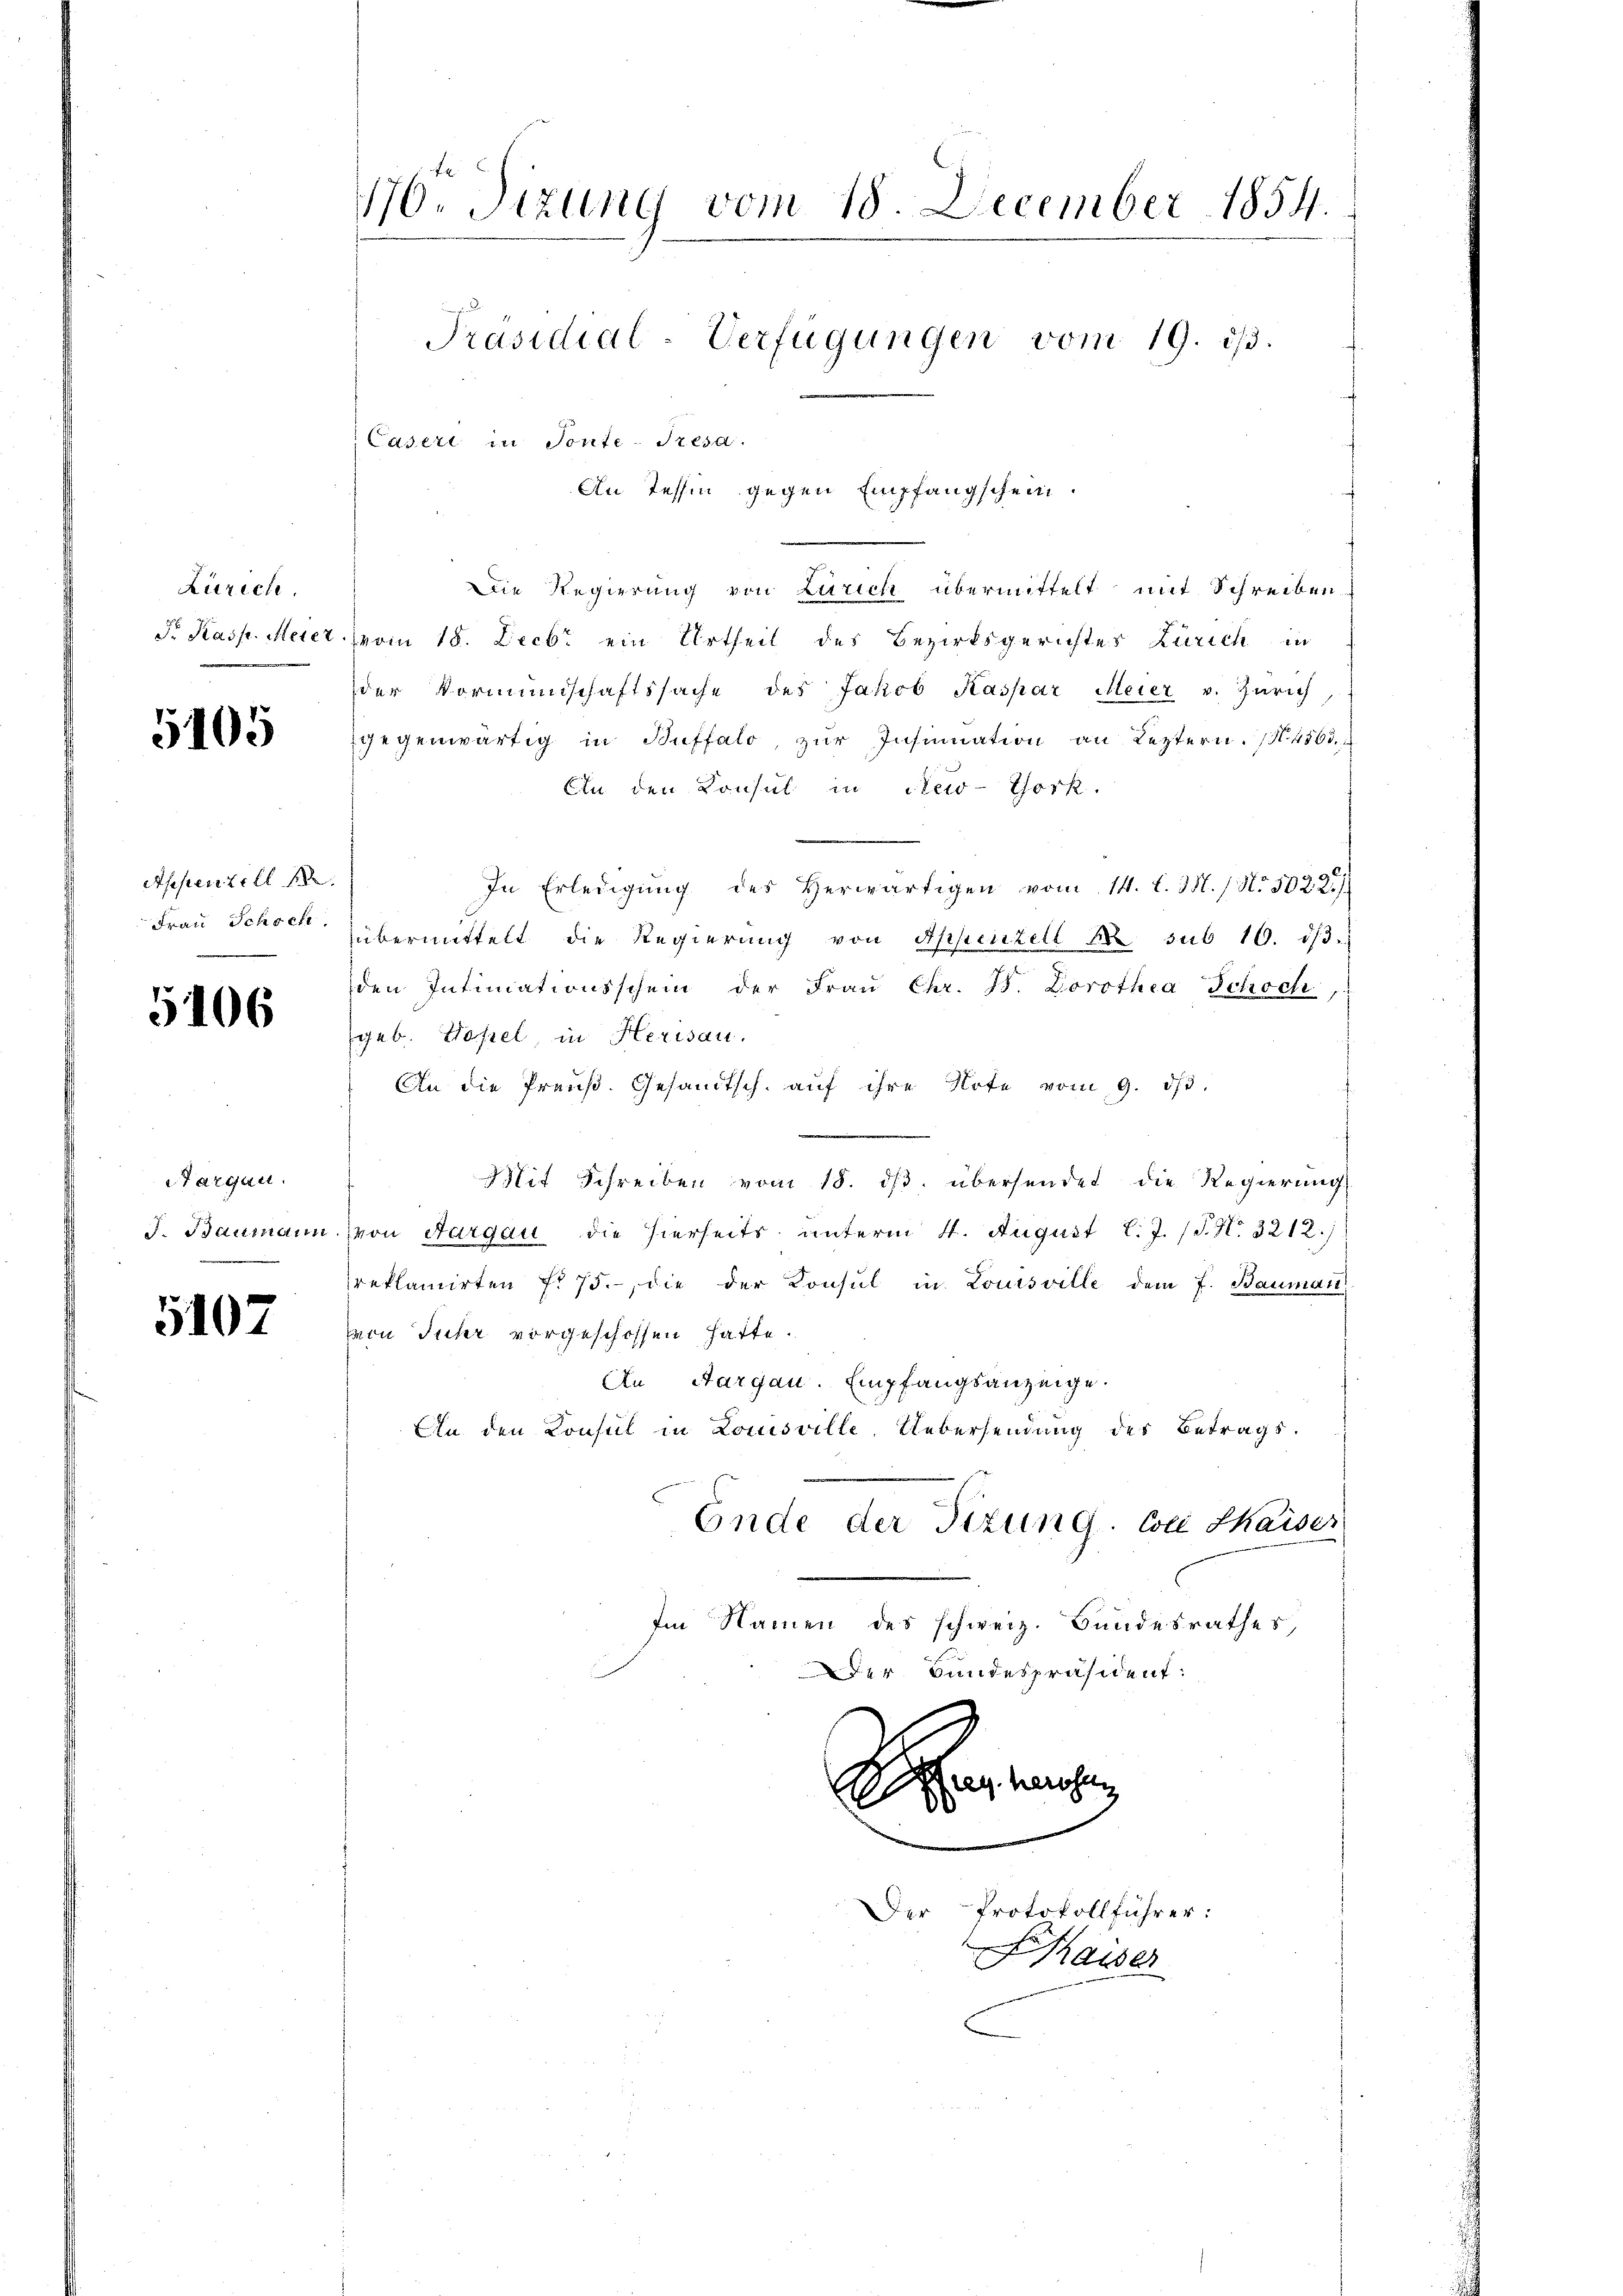
Zürich,
Fr. Kasse. Meier

5105

Appenzell f
Frau Schoch

5106

argau.
J. Baumann

5107

176. Sizung vom 18. December 1854.
Präsidial-Verfügungen vom 19. d.
Casert in Tonte-Pesa.
An Tessin gegen Empfangschein.

Die Regierung von Zürich übermittelt mit Schreiben
vom 18. Decbr ein Urtheil des Bezirksgerichtes Zürich in
der Vormundschaftssache des Jakob Kaspar Meier v. Zürich,
gegenwärtig in Auffalo, zur Insinuation an Leztern. (N. 4563.
An den Konsul in New-York.
In Erledigŭng des herwärtigen vom 14. d. M. (N. 5022.)
übermittelt die Regierŭng von Appenzell 12 sub 16. 1/3.
den Intimationsschein der Fraŭ Chr. f. Dorothea Schoch,
(geb. Hösel, in Herisau.
An die Preŭβ. Gesandtsch. aŭf ihre Note vom 9. dβ.
.
e
Mit Schreiben vom 18. dβ übersendet die Regierung
von Aargau die hierseits unterm 4. August l.J. (T. S. 3212.
Preklamirten f. 75. die der Konsul in Louisville dem J. Baumann
von Fuhr vorgeschossen hatte.
An Aargau. Empfangsanzeige.
In den Konsul in Louisville, Uebersendung des Betrags-
Ende der Sizung. Von Chaiser
Im Namen des schweiz. Bundesrathes,
Der Bundespräsident:

Scher ange

Der Protokollführer:
aiser